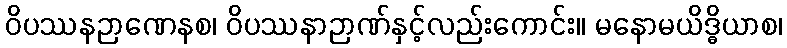
ဝိပဿနဉာဏေနစ၊ ဝိပဿနာဉာဏ်နှင့်လည်းကောင်း။ မနောမယိဒ္ဓိယာစ၊